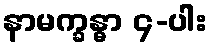
နာမက္ခန္ဓာ ၄-ပါး